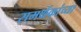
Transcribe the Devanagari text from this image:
समर्थकांच्या